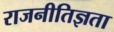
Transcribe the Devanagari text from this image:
राजनीतिज्ञता